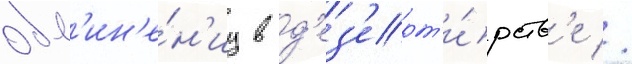
обв'ин'е́н'иу в д'ез'ерт'и́рств'е //